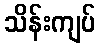
သိန်းကျပ်